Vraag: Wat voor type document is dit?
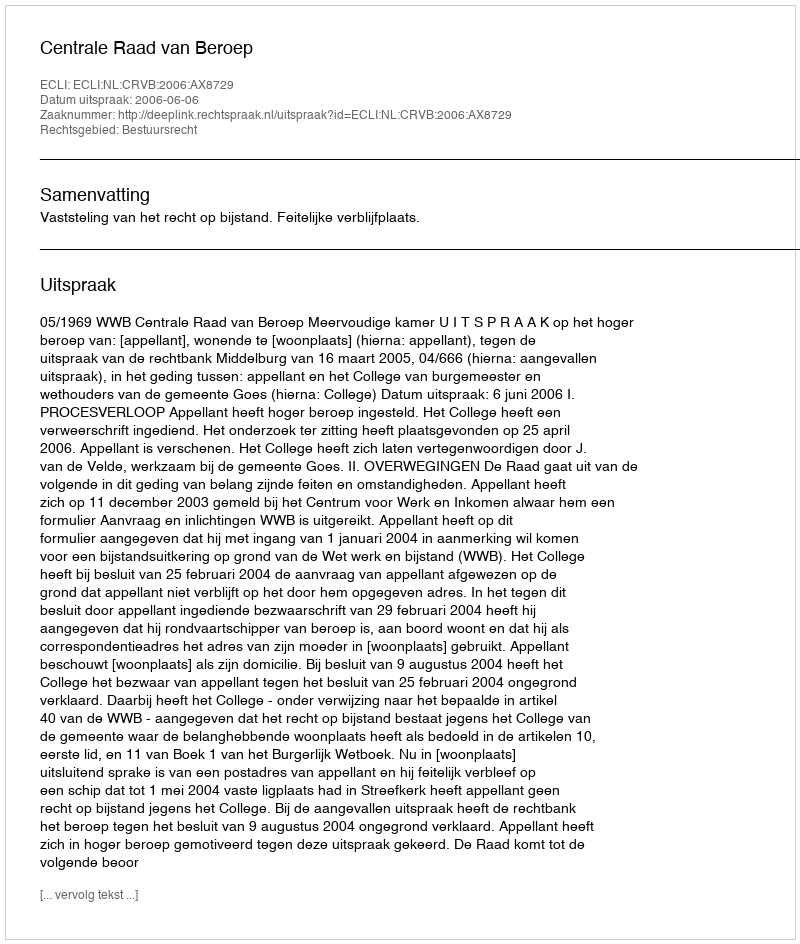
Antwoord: Uitspraak